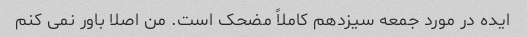
ایده در مورد جمعه سیزدهم کاملاً مضحک است. من اصلا باور نمی کنم